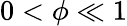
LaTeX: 0<\phi\ll 1